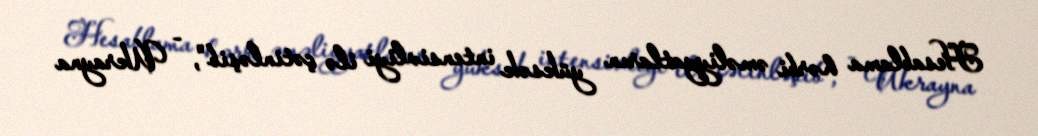
Hesablama hərbi əməliyyatların yüksək intensivliyi ilə çətinləşib", - Ukrayna